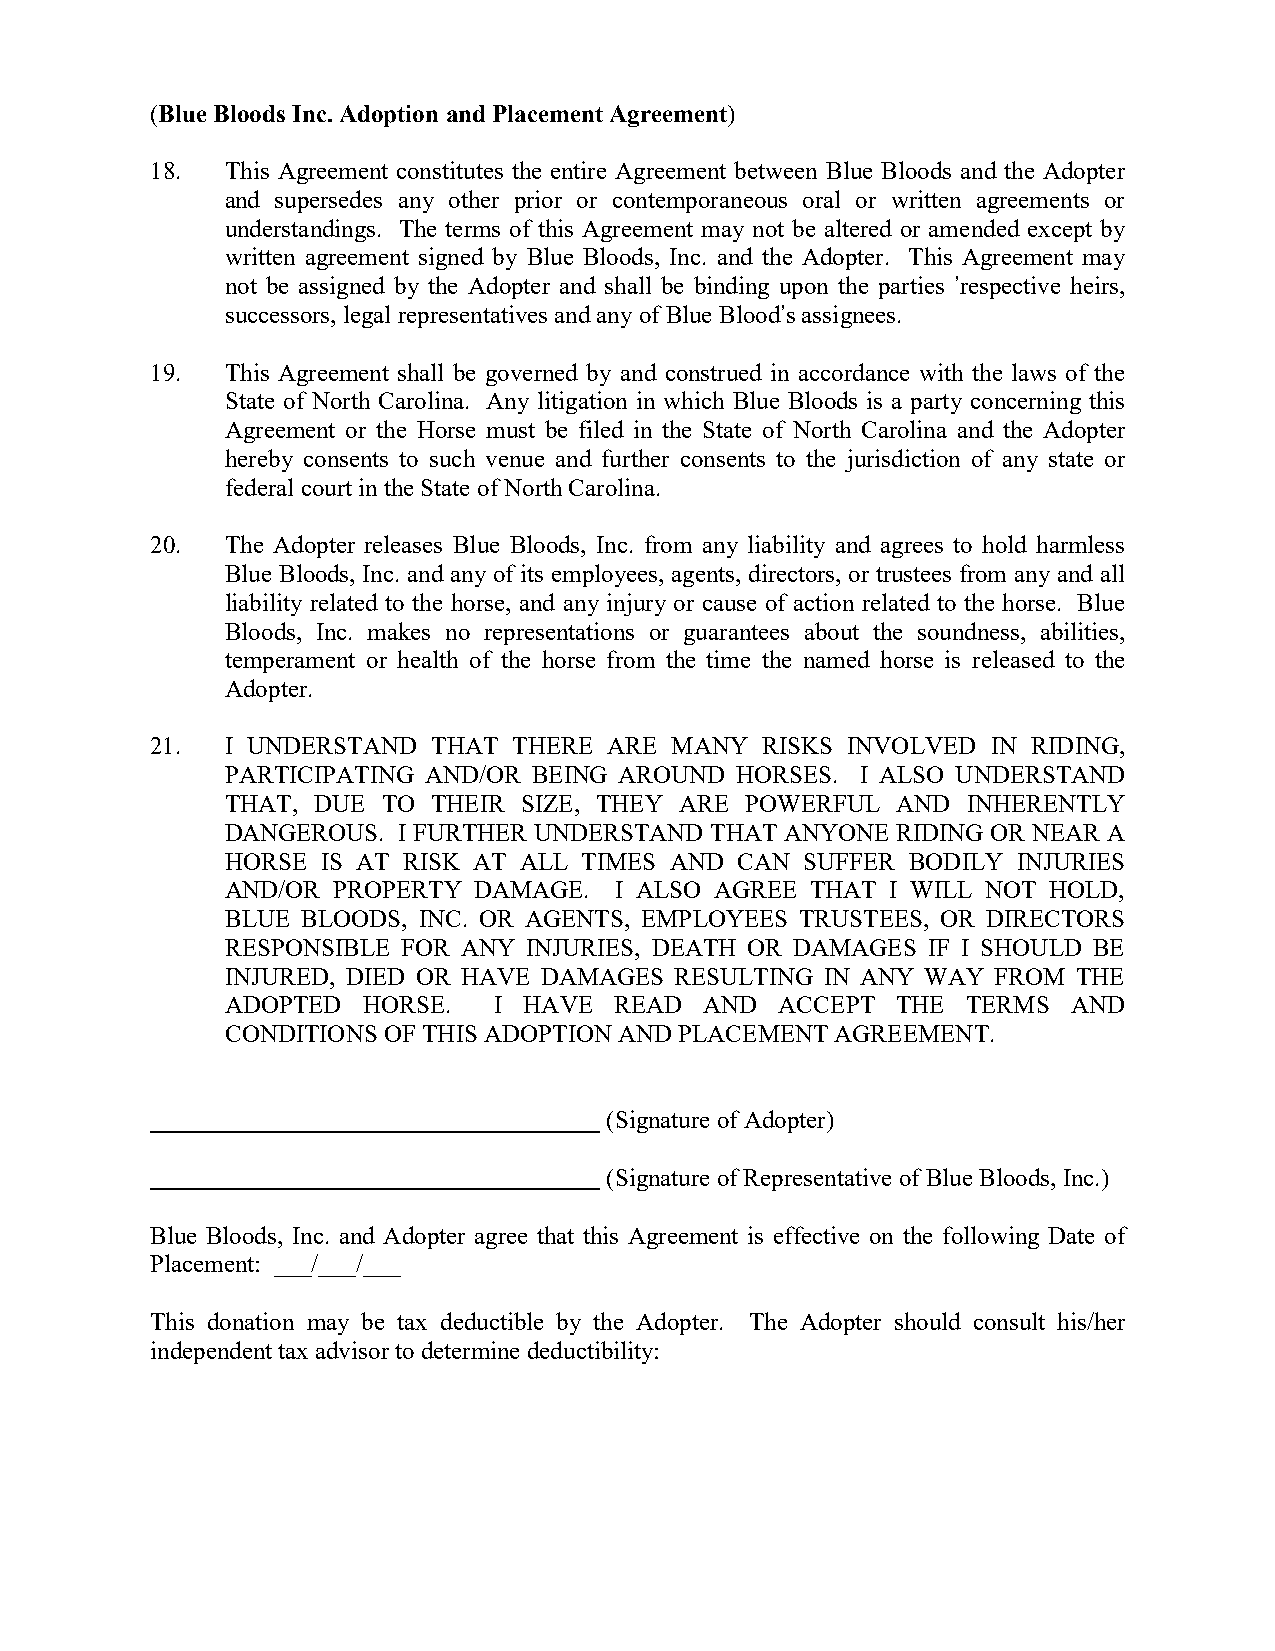
(Blue Bloods Inc. Adoption and Placement Agreement)
 18.  This Agreement constitutes the entire Agreement between Blue Bloods and the Adopter
 and supersedes any other prior or contemporaneous oral or written agreements or
 understandings. The terms of this Agreement may not be altered or amended except by
 written agreement signed by Blue Bloods, Inc. and the Adopter. This Agreement may
 not be assigned by the Adopter and shall be binding upon the parties ’respective heirs,
 successors, legal representatives and any of Blue Blood’s assignees.
 19.  This Agreement shall be governed by and construed in accordance with the laws of the
 State of North Carolina. Any litigation in which Blue Bloods is a party concerning this
 Agreement or the Horse must be filed in the State of North Carolina and the Adopter
 hereby consents to such venue and further consents to the jurisdiction of any state or
 federal court in the State of North Carolina.
 20.  The Adopter releases Blue Bloods, Inc. from any liability and agrees to hold harmless
 Blue Bloods, Inc. and any of its employees, agents, directors, or trustees from any and all
 liability related to the horse, and any injury or cause of action related to the horse. Blue
 Bloods, Inc. makes no representations or guarantees about the soundness, abilities,
 temperament or health of the horse from the time the named horse is released to the
 Adopter.
 21.  I UNDERSTAND  THAT THERE ARE MANY  RISKS INVOLVED  IN RIDING,
 PARTICIPATING AND/OR BEING AROUND HORSES. I ALSO UNDERSTAND
 THAT, DUE TO  THEIR SIZE, THEY ARE POWERFUL AND  INHERENTLY
 DANGEROUS. I FURTHER UNDERSTAND THAT ANYONE RIDING OR NEAR A
 HORSE IS AT RISK AT ALL TIMES AND CAN SUFFER BODILY INJURIES
 AND/OR PROPERTY DAMAGE.   I ALSO AGREE THAT I WILL NOT HOLD,
 BLUE BLOODS, INC. OR AGENTS, EMPLOYEES TRUSTEES, OR DIRECTORS
 RESPONSIBLE FOR ANY INJURIES, DEATH OR DAMAGES IF I SHOULD BE
 INJURED, DIED OR HAVE DAMAGES RESULTING IN ANY WAY FROM THE
 ADOPTED  HORSE.   I HAVE  READ  AND  ACCEPT THE  TERMS  AND
 CONDITIONS OF THIS ADOPTION AND PLACEMENT AGREEMENT.
 (Signature of Adopter)
 (Signature of Representative of Blue Bloods, Inc.)
 Blue Bloods, Inc. and Adopter agree that this Agreement is effective on the following Date of
 Placement: ___/___/___
 This donation may be tax deductible by the Adopter. The Adopter should consult his/her
 independent tax advisor to determine deductibility: